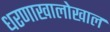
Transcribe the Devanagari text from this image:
धरणाखालोखाल